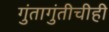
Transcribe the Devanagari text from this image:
गुंतागुंतीचीही